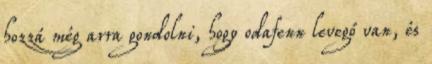
hozzá még arra gondolni, hogy odafenn levegő van, és